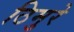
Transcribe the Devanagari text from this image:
ठिमुरे